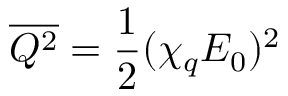
\overline { { Q ^ { 2 } } } = \frac { 1 } { 2 } ( \chi _ { q } E _ { 0 } ) ^ { 2 }